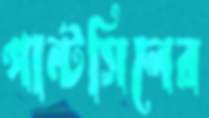
পান্টসিলের